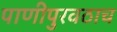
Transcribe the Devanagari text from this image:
पाणीपुरवठाच